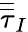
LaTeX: \overline{{\overline{{\tau}}}}_{I}